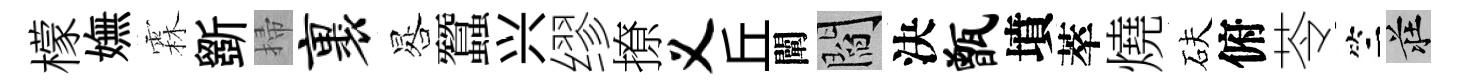
檬嫵霖斵掃裹晷蠶兴缪撩义丘闡閻決甑墳萃燒砆俯苓竺莊